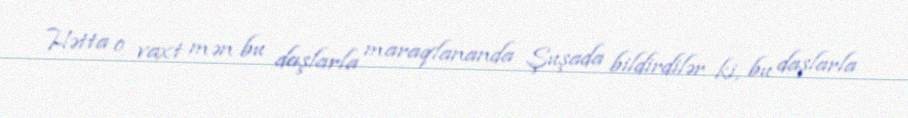
Hətta o vaxt mən bu daşlarla maraqlananda Şuşada bildirdilər ki, bu daşlarla